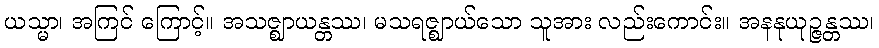
ယသ္မာ၊ အကြင် ကြောင့်။ အသဇ္ဈာယန္တဿ၊ မသရဇ္ဈာယ်သော သူအား လည်းကောင်း။ အနနုယုဉ္ဇန္တဿ၊